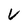
Character: V